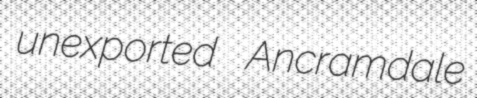
unexported Ancramdale